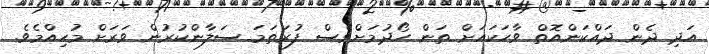
އަދި ދެން ދައްކަންއޮތް ވާހަކައަށް ތަން ހޯދުމަށްވެސް ފުރަތަމަ ސަލާންކުރުން ވަރަށް މުހިއްމެވެ.